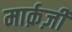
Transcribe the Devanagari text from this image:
मार्क़ज़ी